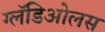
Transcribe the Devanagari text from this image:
ग्लॅडिओलस